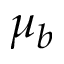
\mu _ { b }